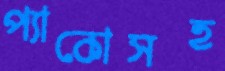
প্যাকোসহ